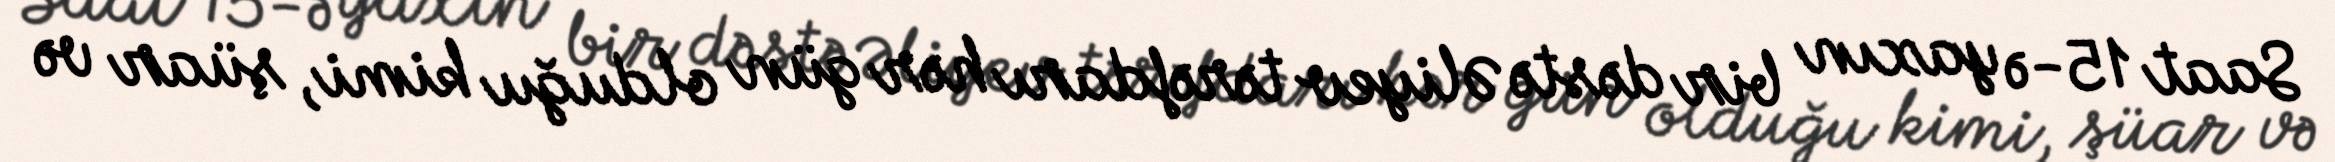
Saat 15-ə yaxın bir dəstə Əliyev tərəfdarı hər gün olduğu kimi, şüar və